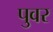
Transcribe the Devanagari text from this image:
पुवर